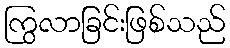
ကြွလာခြင်းဖြစ်သည်